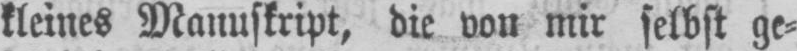
kleines Manuskript, die von mir selbst ge⸗